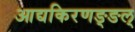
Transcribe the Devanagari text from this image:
आद्यकिरणङ्ङल्